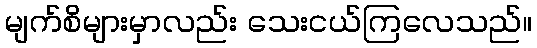
မျက်စိများမှာလည်း သေးငယ်ကြလေသည်။